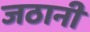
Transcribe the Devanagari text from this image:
जठानी